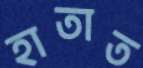
হাতাত